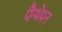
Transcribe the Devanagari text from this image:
पैन्थेयन